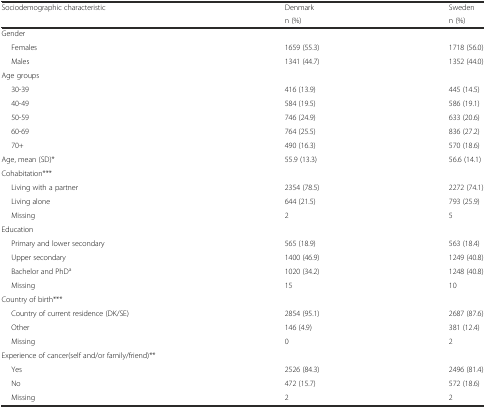
<table><thead><tr><td rowspan="2"><b>Sociodemographic characteristic</b></td><td><b>Denmark</b></td><td><b>Sweden</b></td></tr><tr><td><b>n (%)</b></td><td><b>n (%)</b></td></tr></thead><tbody><tr><td>Gender</td><td></td><td></td></tr><tr><td>Females</td><td>1659 (55.3)</td><td>1718 (56.0)</td></tr><tr><td>Males</td><td>1341 (44.7)</td><td>1352 (44.0)</td></tr><tr><td>Age groups</td><td></td><td></td></tr><tr><td>30-39</td><td>416 (13.9)</td><td>445 (14.5)</td></tr><tr><td>40-49</td><td>584 (19.5)</td><td>586 (19.1)</td></tr><tr><td>50-59</td><td>746 (24.9)</td><td>633 (20.6)</td></tr><tr><td>60-69</td><td>764 (25.5)</td><td>836 (27.2)</td></tr><tr><td>70+</td><td>490 (16.3)</td><td>570 (18.6)</td></tr><tr><td>Age, mean (SD)*</td><td>55.9 (13.3)</td><td>56.6 (14.1)</td></tr><tr><td>Cohabitation***</td><td></td><td></td></tr><tr><td>Living with a partner</td><td>2354 (78.5)</td><td>2272 (74.1)</td></tr><tr><td>Living alone</td><td>644 (21.5)</td><td>793 (25.9)</td></tr><tr><td>Missing</td><td>2</td><td>5</td></tr><tr><td>Education</td><td></td><td></td></tr><tr><td>Primary and lower secondary</td><td>565 (18.9)</td><td>563 (18.4)</td></tr><tr><td>Upper secondary</td><td>1400 (46.9)</td><td>1249 (40.8)</td></tr><tr><td>Bachelor and PhD<sup>a</sup></td><td>1020 (34.2)</td><td>1248 (40.8)</td></tr><tr><td>Missing</td><td>15</td><td>10</td></tr><tr><td>Country of birth***</td><td></td><td></td></tr><tr><td>Country of current residence (DK/SE)</td><td>2854 (95.1)</td><td>2687 (87.6)</td></tr><tr><td>Other</td><td>146 (4.9)</td><td>381 (12.4)</td></tr><tr><td>Missing</td><td>0</td><td>2</td></tr><tr><td>Experience of cancer(self and/or family/friend)**</td><td></td><td></td></tr><tr><td>Yes</td><td>2526 (84.3)</td><td>2496 (81.4)</td></tr><tr><td>No</td><td>472 (15.7)</td><td>572 (18.6)</td></tr><tr><td>Missing</td><td>2</td><td>2</td></tr></tbody></table>